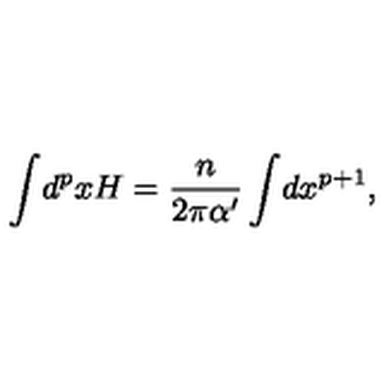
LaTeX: \int \! d ^ { p } x H = \frac { n } { 2 \pi \alpha ^ { \prime } } \int \! d x ^ { p + 1 } ,